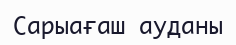
Сарыағаш ауданы